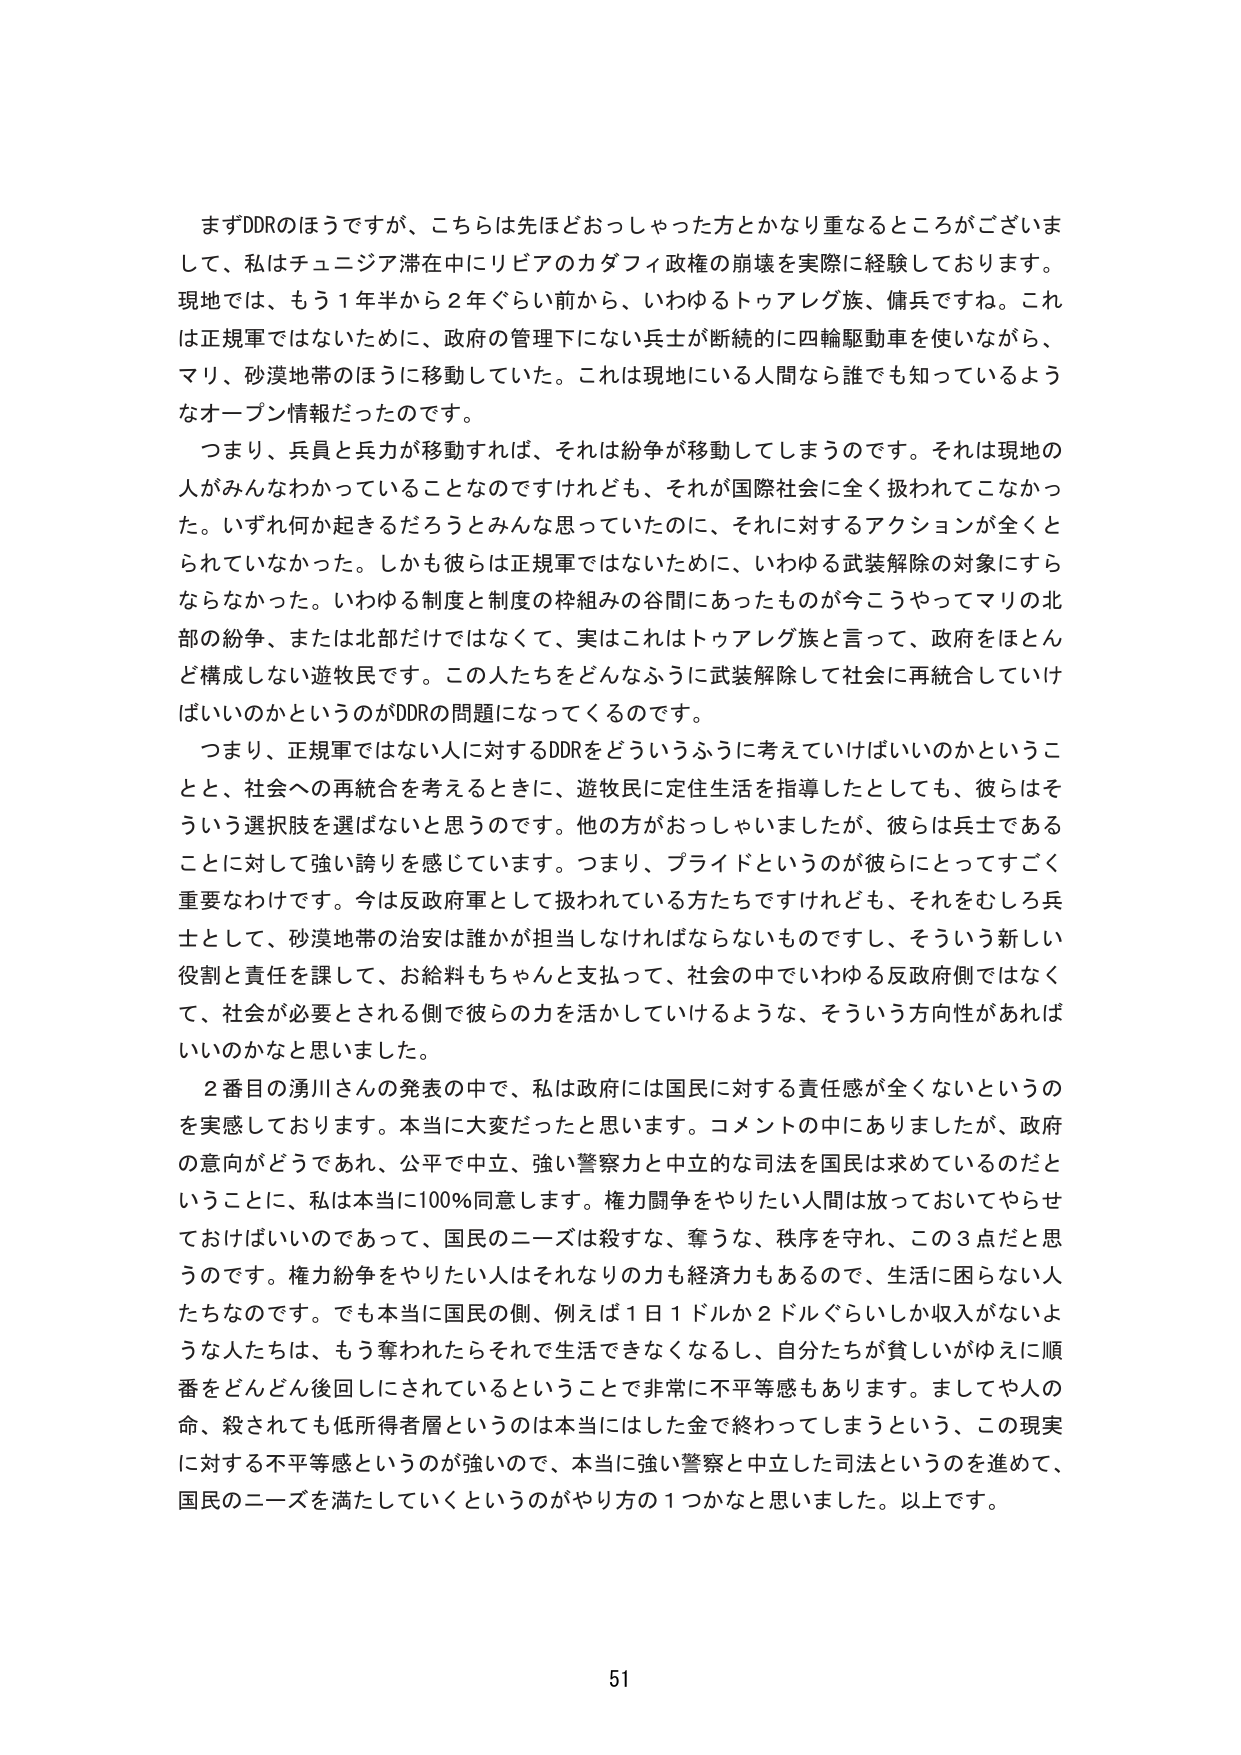
まずDDRのほうですが、こちらは先ほどおっしゃった方とかなり重なるところがございまして、私はチュニジア滞在中にリビアのカダフィ政権の崩壊を実際に経験しております。現地では、もう１年半から２年ぐらい前から、いわゆるトゥアレグ族、傭兵ですね。これは正規軍ではないために、政府の管理下にない兵士が断続的に四輪駆動車を使いながら、マリ、砂漠地帯のほうに移動していた。これは現地にいる人間なら誰でも知っているようなオープン情報だったのです。

つまり、兵員と兵力が移動すれば、それは紛争が移動してしまうのです。それは現地の人がみんなわかっていることなのですけれども、それが国際社会に全く扱われてこなかった。いずれ何か起きるだろうとみんな思っていたのに、それに対するアクションが全くとられていないかった。しかも彼らは正規軍ではないために、いわゆる武装解除の対象にすらならなかった。いわゆる制度と制度の枠組みの谷間にあったものが今こうやってマリの北部の紛争、または北部だけではなくて、実はこれはトゥアレグ族と言って、政府をほとんど構成しない遊牧民です。この人たちをどんなふうに武装解除して社会に再統合していけばいいのかというのがDDRの問題になってくるのです。

つまり、正規軍ではない人に対するDDRをどういうふうに考えていけばいいのかということと、社会への再統合を考えるときに、遊牧民に定住生活を指導したとしても、彼らはそういう選択肢を選ばないと思うのです。他の方がおっしゃいましたが、彼らは兵士であることに対して強い誇りを感じています。つまり、プライドというのが彼らにとってすごく重要なわけです。今は反政府軍として扱われている方たちですけれども、それをむしろ兵士として、砂漠地帯の治安は誰かが担当しなければならないものですし、そういう新しい役割と責任を課して、お給料もちゃんと支払って、社会の中でいわゆる反政府側ではなくて、社会が必要とされる側で彼らの力を活かしていけるような、そういう方向性があればいいのかなと思いました。

２番目の湧川さんの発表の中で、私は政府には国民に対する責任感が全くないというのを実感しております。本当に大変だったと思います。コメントの中にありましたが、政府の意向がどうであれ、公平で中立、強い警察力と中立的な司法を国民は求めているのだということに、私は本当に100％同意します。権力闘争をやりたい人間は放っておいてやらせておけばいいのであって、国民のニーズは殺すな、奪うな、秩序を守れ、この３点だと思うのです。権力紛争をやりたい人はそれなりの力も経済力もあるので、生活に困らない人たちなのです。でも本当に国民の側、例えば１日１ドルか２ドルぐらいしか収入がないような人たちは、もう奪われたらそれで生活できなくなるし、自分たちが貧しいがゆえに順番をどんどん後回しにされているということで非常に不平等感もあります。ましてや人の命、殺されても低所得者層というのは本当にした金で終わってしまうという、この現実に対する不平等感というのが強いので、本当に強い警察と中立した司法というのを進めて、国民のニーズを満たしていくというのがやり方の１つかなと思いました。以上です。

51